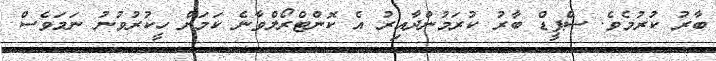
ބާރު ކުރުމެވެ. ސްޕީޑް ބާރު ކުރަމުންދާއިރު އެ ކޮންޓްރޯލްވާނެ ކަމަށް ހީކުރުވުނު ނަމަވެސް